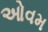
ઓવમ